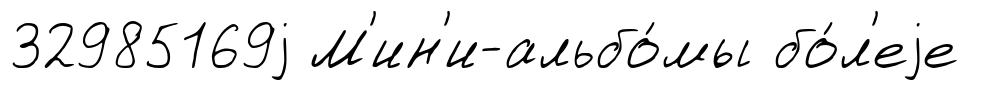
32985169j М'ин'и-альбо́мы бо́л'еjе